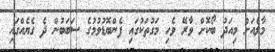
މާލެއަށް މިއަދު ބޯކޮށް ވާރޭ ވެހި މަގުތަކުގައި ފެންބޮޑުވުމުގެ ސަބަބުން ދެ ގެޔެއްގައި